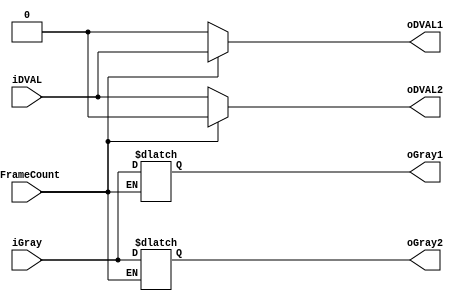
 // Memory Multiplexer
module MEM_SWITCH	(iGray,
						iFrameCount,
						iDVAL,
						oGray1,
						oGray2,
						oDVAL1,
						oDVAL2
						);

input		[11:0]	iGray;
input					iFrameCount;
input					iDVAL;

output	[11:0]	oGray1;
output	[11:0]	oGray2;
output 				oDVAL1;
output				oDVAL2;

reg		[11:0] tempGray1;
reg 		[11:0] tempGray2;

assign oGray1 = tempGray1;
assign oGray2 = tempGray2;

assign oDVAL1 = iFrameCount ? iDVAL : 0;
assign oDVAL2 = ~iFrameCount ? iDVAL : 0; 

always@(iFrameCount)
begin

	if(iFrameCount)
	
		tempGray1 = iGray;
		
	else 
	
		tempGray2 = iGray;
	
end


endmodule